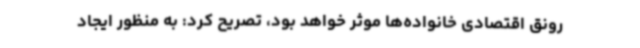
رونق اقتصادی خانواده‌ها موثر خواهد بود، تصریح‌ کرد: به منظور ایجاد